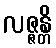
လဇ္ဇန္တိ